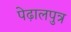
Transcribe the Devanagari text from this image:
पेढ़ालपुत्र